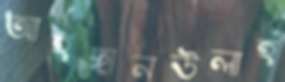
আহছানউলাহ